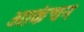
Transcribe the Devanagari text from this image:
आकंचन